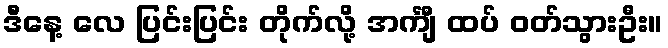
ဒီနေ့ လေ ပြင်းပြင်း တိုက်လို့ အင်္ကျီ ထပ် ဝတ်သွားဦး။